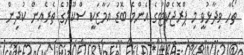
ތޯހާ ވިދާޅުވީ މި ޕްރޮޖެކްޓުގެ އެންމެ ބޮޑު އަމާޒަކީ ސްކޫލުގެ ތެރެއިން ކުދިން